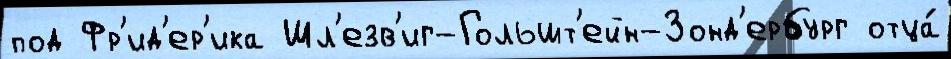
под Фр'ид'ер'ика Шл'езв'иг-Гольшт'ейн-Зонд'ербург отца́